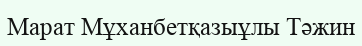
Марат Мұханбетқазыұлы Тәжин